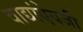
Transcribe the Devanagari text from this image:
वाद्यांऐवजी